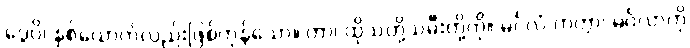
ဒွေပိ၊ နှစ်ယောက်လည်းဖြစ်ကုန်သော။ တာ၊ ထိုသတို့သမီးတို့ကို။ မင်္ဂလံ ကတွာ၊ မင်္ဂလာကို